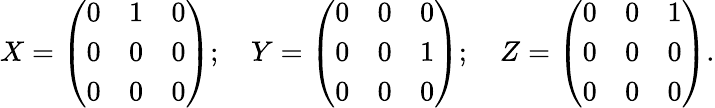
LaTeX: X={\left(\begin{array}{lll}{0}&{1}&{0}\\ {0}&{0}&{0}\\ {0}&{0}&{0}\end{array}\right)};\quad Y={\left(\begin{array}{lll}{0}&{0}&{0}\\ {0}&{0}&{1}\\ {0}&{0}&{0}\end{array}\right)};\quad Z={\left(\begin{array}{lll}{0}&{0}&{1}\\ {0}&{0}&{0}\\ {0}&{0}&{0}\end{array}\right)}.